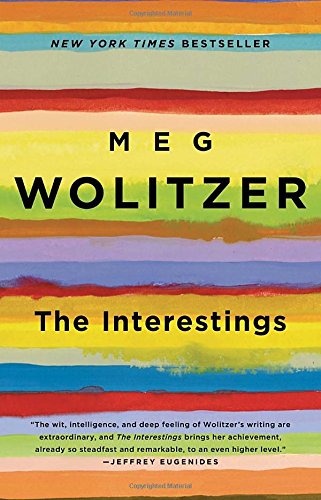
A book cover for The Interestings: A Novel; Meg Wolitzer; Literature & Fiction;